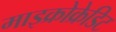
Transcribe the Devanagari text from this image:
माइक्रोक्रेडिट